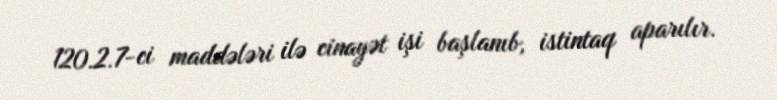
120.2.7-ci maddələri ilə cinayət işi başlanıb, istintaq aparılır.